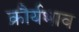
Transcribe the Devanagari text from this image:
क्रौर्यभाव